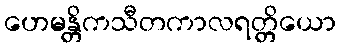
ဟေမန္တိကသီတကာလရတ္တိယော